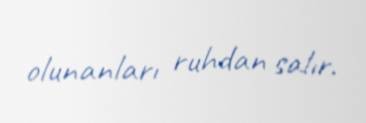
olunanları ruhdan salır.